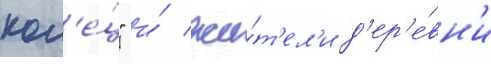
кол'е́ц" и́ жи́т'ел'и д'ер'е́вн'и